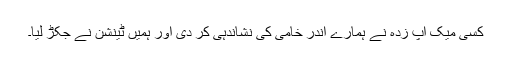
کسی میک اپ زدہ نے ہمارے اندر خامی کی نشاندہی کر دی اور ہمیں ٹینشن نے جکڑ لیا۔